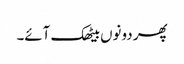
پھر دونوں بیٹھک آئے۔